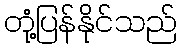
တုံ့ပြန်နိုင်သည်